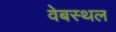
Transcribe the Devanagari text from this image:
वेबस्थल